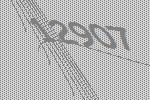
12907